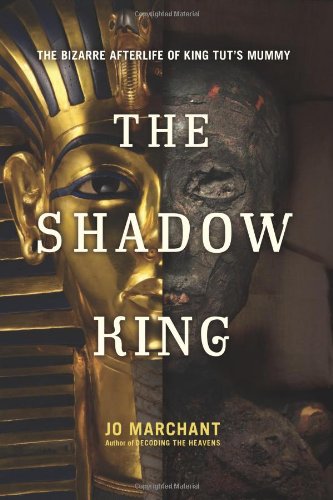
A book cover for The Shadow King: The Bizarre Afterlife of King Tut's Mummy; Jo Marchant; History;